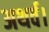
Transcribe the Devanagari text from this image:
अथर्व।